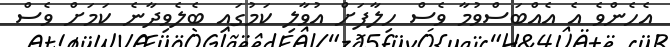
އެހެންވެ އެ އެއްބަސްވުމާ ވެސް ހިލާފަށް އުވާލި ކަމުގައި ބެލެވިދާނެ ކަމަށް ވެސް